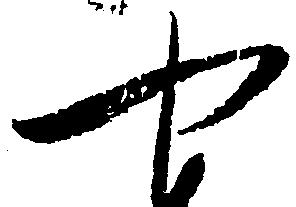
や